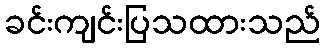
ခင်းကျင်းပြသထားသည်